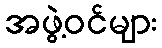
အဖွဲ့ဝင်များ